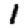
Digit: 1